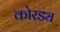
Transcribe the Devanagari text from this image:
कोरड्य